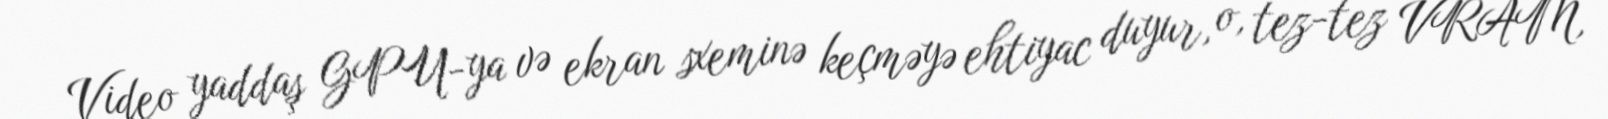
Video yaddaş GPU-ya və ekran sxeminə keçməyə ehtiyac duyur, o, tez-tez VRAM,